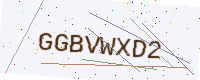
Text: GGBVWXD2